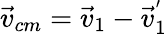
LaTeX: \vec{v}_{cm}=\vec{v}_{1}-\vec{v}_{1}^{'}